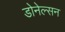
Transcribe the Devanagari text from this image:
डोनेल्सन